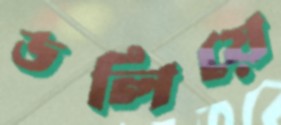
ডলিয়ে